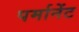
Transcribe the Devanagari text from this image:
पर्मानेंट